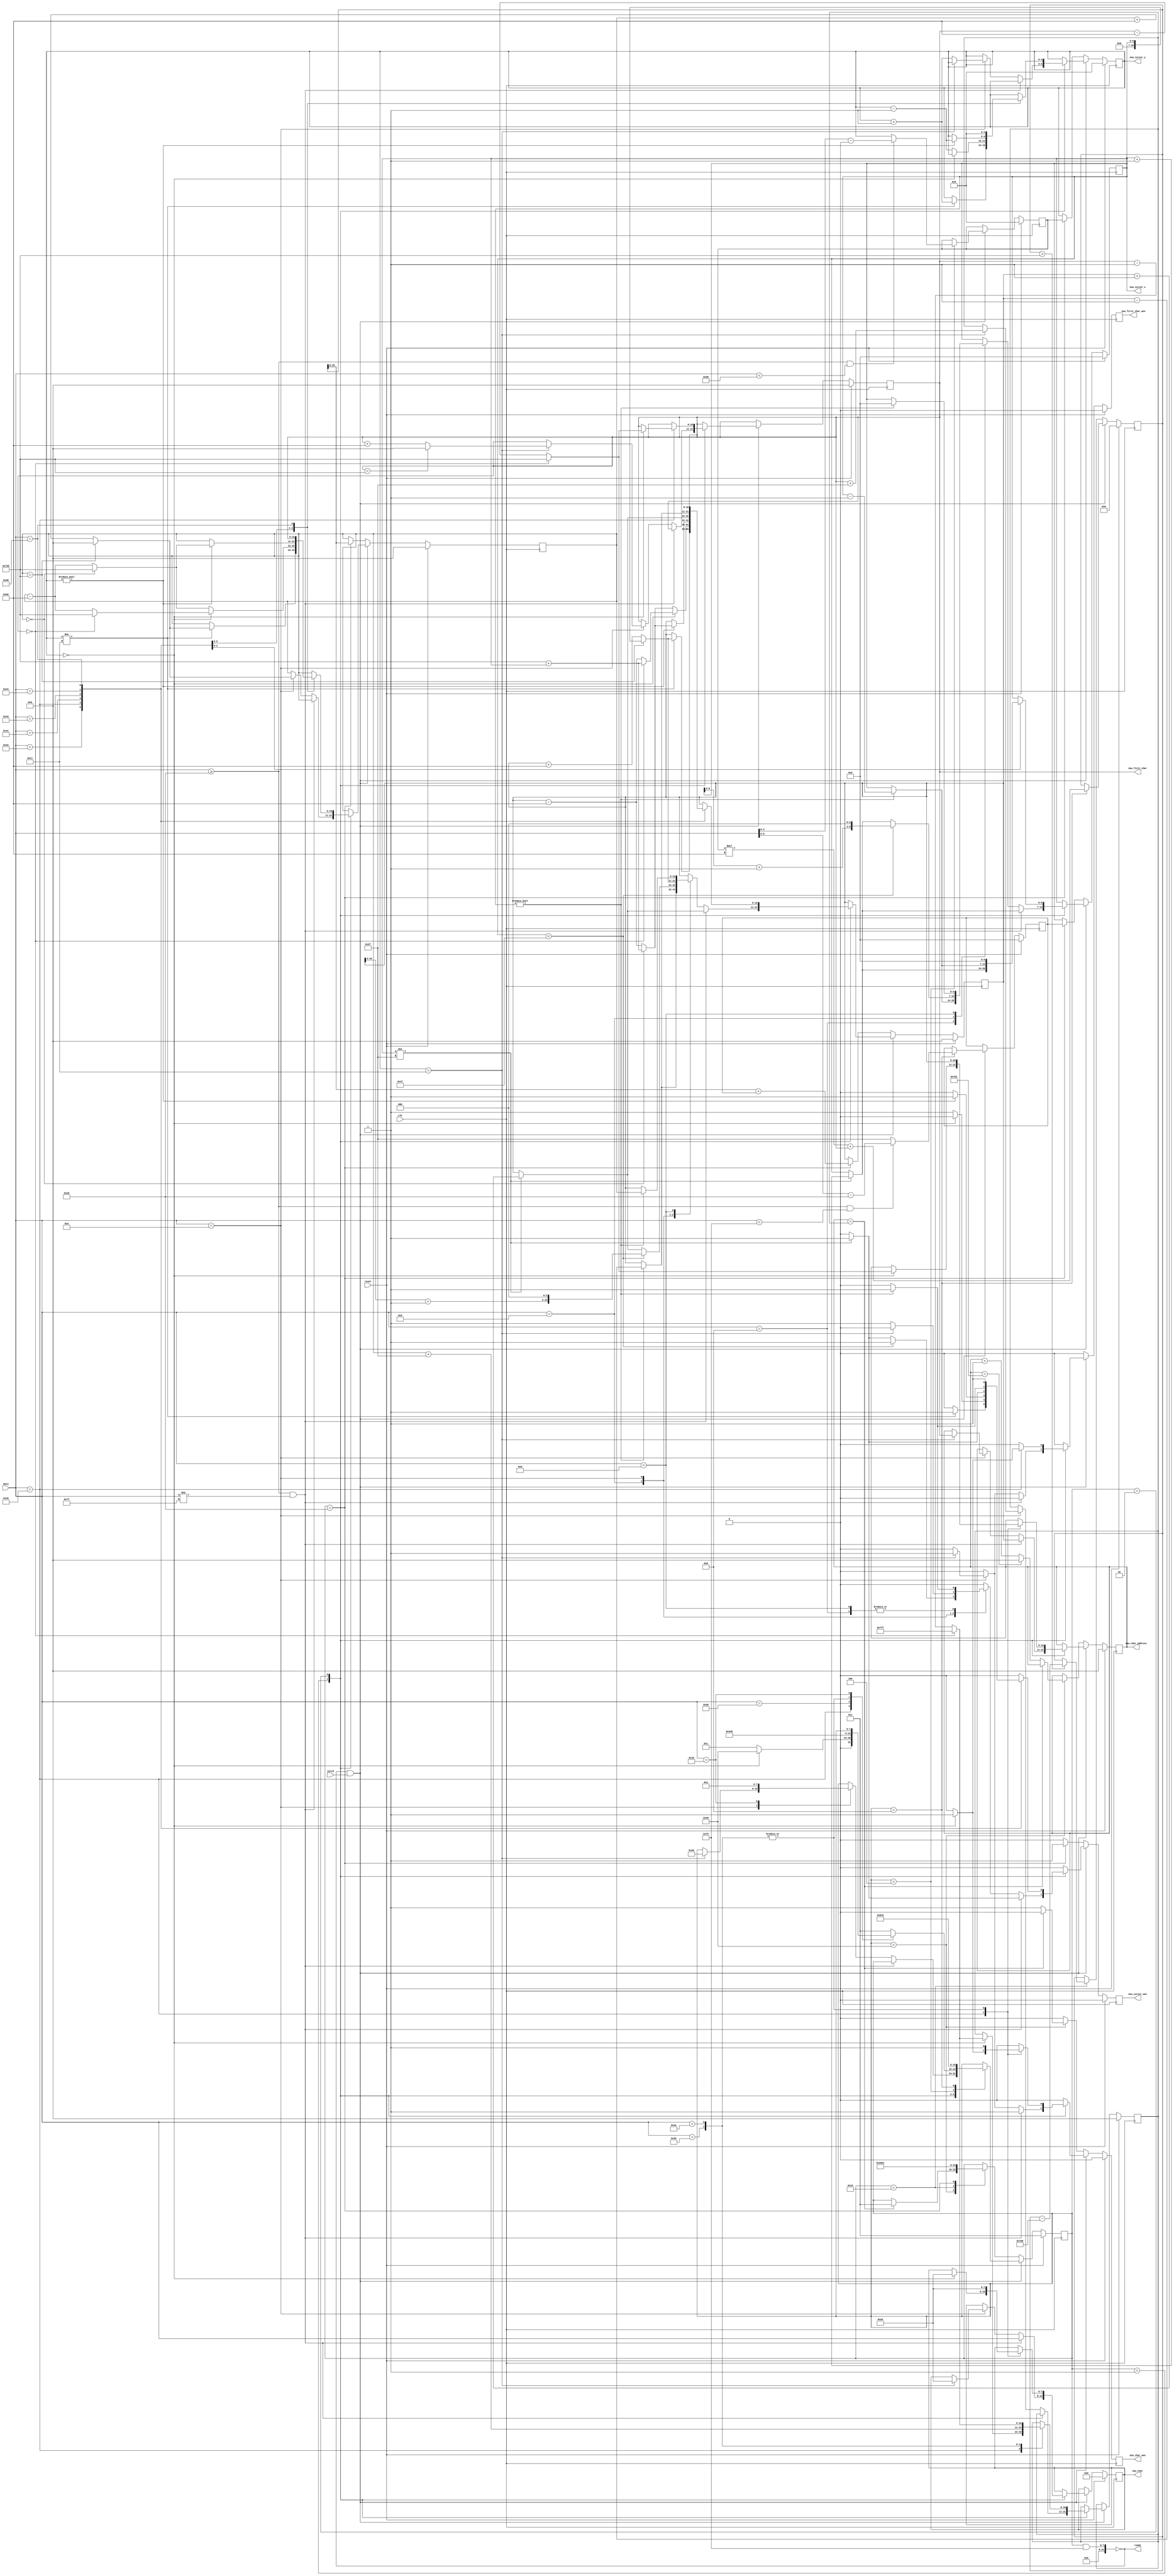
module command_handler
  #(parameter ROWS = 24,
    parameter COLS = 80,
    parameter LAST_ROW = (ROWS-1) * COLS,
    parameter ONE_PAST_LAST_ROW = ROWS * COLS,
    parameter ROW_BITS = 5,
    parameter COL_BITS = 7,
    parameter ADDR_BITS = 11)
   (
    input clk,
    input reset,
    input [7:0] data,
    input valid,
    output ready,
    output [ADDR_BITS-1:0] new_first_char,
    output new_first_char_wen,
    output [7:0] new_char,
    output [ADDR_BITS-1:0] new_char_address,
    output new_char_wen,
    output [COL_BITS-1:0] new_cursor_x,
    output [ROW_BITS-1:0] new_cursor_y,
    output new_cursor_wen
    );

   // XXX maybe ready should be registered? reg ready_q;
   reg [7:0] new_char_q;
   reg [ADDR_BITS-1:0] new_char_address_q;
   reg new_char_wen_q;
   reg [COL_BITS-1:0] new_cursor_x_q;
   reg [ROW_BITS-1:0] new_cursor_y_q;
   reg new_cursor_wen_q;
   reg [ADDR_BITS-1:0] new_first_char_q;
   reg new_first_char_wen_q;

   reg [ROW_BITS-1:0] new_row;
   reg [COL_BITS-1:0] new_col;
   // This may temporarily hold a value that's twice the size of a regular
   // address (we adjust it at a later state)
   // so we DON'T substract 1 from ADDR_BITS
   reg [ADDR_BITS:0] new_addr;
   reg [ADDR_BITS-1:0] last_char_to_erase;

   reg [ADDR_BITS-1:0] current_row_addr;
   reg [ADDR_BITS-1:0] current_char_addr;

   // state: one hot encoding
   // char is the normal state
   // row, col, addr & cursor form a pipeline for Esc-Y
   // no input accepted on addr & cursor
   // erase is for the erase loop, no input is accepted on this state
   localparam state_char   = 8'b00000001;
   localparam state_esc    = 8'b00000010;
   localparam state_row    = 8'b00000100;
   localparam state_col    = 8'b00001000;
   localparam state_addr   = 8'b00010000;
   localparam state_cursor = 8'b00100000;
   localparam state_erase  = 8'b01000000;

   reg [7:0] state;

   // if we are erasing part of the screen or moving the cursor
   // we can't receive new commands
   assign ready = (state & (state_erase | state_cursor | state_addr)) == 0;
   assign new_char = new_char_q;
   assign new_char_address = new_char_address_q;
   assign new_char_wen = new_char_wen_q;
   assign new_cursor_x = new_cursor_x_q;
   assign new_cursor_y = new_cursor_y_q;
   assign new_cursor_wen = new_cursor_wen_q;
   assign new_first_char = new_first_char_q;
   assign new_first_char_wen = new_first_char_wen_q;

   always @(posedge clk) begin
      if (reset) begin
         new_char_q <= 0;
         new_char_address_q <= 0;
         new_char_wen_q <= 0;

         new_cursor_x_q <= 0;
         new_cursor_y_q <= 0;
         new_cursor_wen_q <= 0;

         current_row_addr <= 0;
         current_char_addr <= 0;

         new_first_char_q <= 0;
         new_first_char_wen_q <= 0;

         state <= state_char;
         new_row <= 0;
         new_col <= 0;
         new_addr <= 0;
         last_char_to_erase <= 0;
      end
      else begin
         // after one clock cycle we should turn these off
         if (new_char_wen_q) new_char_wen_q <= 0;
         if (new_cursor_wen_q) new_cursor_wen_q <= 0;
         if (new_first_char_wen_q) new_first_char_wen_q <= 0;
         // first the states that consume input
         if (ready && valid) begin
            case (state)
              state_char: begin
                 // new char arrived
                 if (data >= 8'h20 && data != 8'h7f) begin
                    // printable char, easy
                    new_char_q <= data;
                    new_char_address_q <= current_char_addr;
                    new_char_wen_q <= 1;
                    // no auto linefeed
                    if (new_cursor_x_q != (COLS-1)) begin
                       new_cursor_x_q <= new_cursor_x_q + 1;
                       current_char_addr <= current_char_addr + 1;
                       new_cursor_wen_q <= 1;
                    end
                 end
                 else begin
                    case (data)
                      // backspace
                      8'h08: begin
                         if (new_cursor_x_q != 0) begin
                            new_cursor_x_q <= new_cursor_x_q - 1;
                            current_char_addr <= current_char_addr - 1;
                            new_cursor_wen_q <= 1;
                         end
                      end
                      // tab
                      8'h09: begin
                         // go until the last tab stop by 8 spaces, then 1 by 1
                         if (new_cursor_x_q < (COLS-9)) begin
                            new_cursor_x_q <= {(new_cursor_x_q[COL_BITS-1:3]+1), 3'b000};
                            current_char_addr <= {(current_char_addr[ADDR_BITS-1:3]+1), 3'b000};
                            new_cursor_wen_q <= 1;
                         end
                         else if (new_cursor_x_q != (COLS-1)) begin
                            new_cursor_x_q <= new_cursor_x_q + 1;
                            current_char_addr <= current_char_addr + 1;
                            new_cursor_wen_q <= 1;
                         end
                      end // case: 8'h09
                      // linefeed
                      8'h0a: begin
                         if (new_cursor_y_q == (ROWS-1)) begin
                            new_first_char_q <= new_first_char_q == LAST_ROW?
                                                0 : new_first_char_q + COLS;

                            if (current_row_addr == LAST_ROW) begin
                               current_row_addr <= 0;
                               current_char_addr <= new_cursor_x_q;
                            end
                            else begin
                               current_row_addr <= current_row_addr + COLS;
                               current_char_addr <= current_char_addr + COLS;
                            end
                            new_first_char_wen_q <= 1;
                            // characters to erase last line
                            new_char_q <= " ";
                            new_char_address_q <= new_first_char_q;
                            new_char_wen_q <= 1;
                            last_char_to_erase <= new_first_char_q + (COLS-1);
                            state <= state_erase;
                         end
                         else begin
                            new_cursor_y_q <= new_cursor_y_q + 1;
                            new_cursor_wen_q <= 1;
                            if (current_row_addr == LAST_ROW) begin
                               current_row_addr <= 0;
                               current_char_addr <= new_cursor_x_q;
                            end
                            else begin
                               current_row_addr <= current_row_addr + COLS;
                               current_char_addr <= current_char_addr + COLS;
                            end
                         end
                      end
                      // carriage return
                      8'h0d: begin
                         if (new_cursor_x != 0) begin
                            new_cursor_x_q <= 0;
                            new_cursor_wen_q <= 1;
                            current_char_addr <= current_row_addr;
                         end
                      end
                      // escape
                      8'h1b: begin
                         state <= state_esc;
                      end
                    endcase // case (data)
                 end // else: !if(data >= 8'h20 && data <= 8'h7e)
              end // case: state_char
              state_esc: begin
                 case (data)
                   // Basic cursor movement
                   // Esc-only, so no BS, LF & SPACE (covered before)
                   "B": begin
                      if (new_cursor_y_q != (ROWS-1)) begin
                         new_cursor_y_q <= new_cursor_y_q + 1;
                         new_cursor_wen_q <= 1;
                         if (current_row_addr == LAST_ROW) begin
                            current_row_addr <= 0;
                            current_char_addr <= new_cursor_x_q;
                         end
                         else begin
                            current_row_addr <= current_row_addr + COLS;
                            current_char_addr <= current_char_addr + COLS;
                         end
                      end
                      state <= state_char;
                   end
                   "I": begin
                      if (new_cursor_y_q == 0) begin
                         if (new_first_char_q == 0) begin
                            new_first_char_q <= LAST_ROW;
                            current_row_addr <= LAST_ROW;
                            current_char_addr <= LAST_ROW + new_cursor_x_q;
                            // characters to erase (whole line)
                            new_char_address_q <= LAST_ROW;
                            last_char_to_erase <= LAST_ROW+(COLS-1);
                         end
                         else begin
                            new_first_char_q <= new_first_char_q - COLS;
                            current_row_addr <= current_row_addr - COLS;
                            current_char_addr <= current_char_addr - COLS;
                            // characters to erase (whole line)
                            new_char_address_q <= new_first_char_q - COLS;
                            last_char_to_erase <= new_first_char_q - 1;
                         end
                         new_first_char_wen_q <= 1;
                         // character to erase last line
                         new_char_q <= " ";
                         new_char_wen_q <= 1;
                         state <= state_erase;
                      end
                      else begin
                         new_cursor_y_q <= new_cursor_y_q - 1;
                         new_cursor_wen_q <= 1;
                         if (current_row_addr == 0) begin
                            current_row_addr <= LAST_ROW;
                            current_char_addr <= LAST_ROW + new_cursor_x_q;
                         end
                         else begin
                            current_row_addr <= current_row_addr - COLS;
                            current_char_addr <= current_char_addr - COLS;
                         end
                         state <= state_char;
                      end
                   end
                   "A": begin
                      if (new_cursor_y_q != 0) begin
                         new_cursor_y_q <= new_cursor_y_q - 1;
                         new_cursor_wen_q <= 1;
                         if (current_row_addr == 0) begin
                            current_row_addr <= LAST_ROW;
                            current_char_addr <= LAST_ROW + new_cursor_x_q;
                         end
                         else begin
                            current_row_addr <= current_row_addr - COLS;
                            current_char_addr <= current_char_addr - COLS;
                         end
                      end
                      state <= state_char;
                   end
                   "C": begin
                      if (new_cursor_x_q != (COLS-1)) begin
                         new_cursor_x_q <= new_cursor_x_q + 1;
                         new_cursor_wen_q <= 1;
                         current_char_addr <= current_char_addr+1;
                      end
                      state <= state_char;
                   end
                   "D": begin
                      if (new_cursor_x_q != 0) begin
                         new_cursor_x_q <= new_cursor_x_q - 1;
                         new_cursor_wen_q <= 1;
                         current_char_addr <= current_char_addr-1;
                      end
                      state <= state_char;
                   end
                   // Advanced cursor movement
                   // Esc-only, so no CR & TAB (covered before)
                   "H": begin
                      new_cursor_x_q <= 0;
                      new_cursor_y_q <= 0;
                      new_cursor_wen_q <= 1;
                      current_row_addr <= new_first_char_q;
                      current_char_addr <= new_first_char_q;
                      state <= state_char;
                   end
                   "Y": begin
                      // "Y" received, expecting row & col
                      state <= state_row;
                   end
                   // Screen erasure
                   "K": begin
                      // erase to end of line
                      new_char_q <= " ";
                      new_char_address_q <= current_char_addr;
                      new_char_wen_q <= 1;
                      last_char_to_erase <= current_row_addr + (COLS-1);
                      state <= state_erase;
                   end
                   "J": begin
                      // erase to end of screen
                      new_char_q <= " ";
                      new_char_address_q <= current_char_addr;
                      new_char_wen_q <= 1;
                      last_char_to_erase <= new_first_char_q == 0?
                                            LAST_ROW+(COLS-1): new_first_char_q-1;
                      state <= state_erase;
                   end
                   // escape
                   8'h1b: begin
                      // on VT52 two escapes don't cancel each other
                      // do nothing
                   end
                   default: begin
                      // unrecognized escape sequence, back to normal
                      state <= state_char;
                   end
                 endcase // case (data)
              end // case: state_esc
              state_row: begin
                 // row received, now we need col
                 new_row <= (data >= 8'h20 && data < (8'h20 + ROWS))?
                            data - 8'h20 : new_cursor_y;
                 state <= state_col;
              end
              state_col: begin
                 // row & col received, now we need to calculate the new row address
                 // XXX I'm not sure what happens if data < 8'h20, this is a guess
                 new_col <= (data >= 8'h20 && data < (8'h20 + COLS))?
                            data - 8'h20 : (COLS-1);
                 // this may need substracting if it's more than LAST_ROW
                 // but we'll do it in the next state
                 // new_addr has an extra bit to avoid overflows
                 new_addr <= new_row * 80 + new_first_char_q;
                 state <= state_addr;
              end
              // states erase, addr & cursor aren't here as they don't consume input
            endcase // case (state)
         end // if (ready && valid)
         // now we can handle the states that don't consume input
         else begin
            case (state)
              state_erase: begin
                 if (new_char_address_q == last_char_to_erase) begin
                    // all chars erased, resume normal operation
                    state <= state_char;
                 end
                 else begin
                    // keep erasing, but be careful if reaching the end of the buffer
                    new_char_address_q = new_char_address_q == LAST_ROW + (COLS+1)?
                                         0 : new_char_address_q + 1;
                    new_char_wen_q <= 1;
                 end
              end
              state_addr: begin
                 // after possibly adjusting the address we are ready to
                 // move the cursor
                 new_addr <= new_addr > LAST_ROW? new_addr - ONE_PAST_LAST_ROW : new_addr;
                 state <= state_cursor;
              end
              state_cursor: begin
                 // move cursor and go back to idle
                 new_cursor_x_q <= new_col;
                 new_cursor_y_q <= new_row;
                 new_cursor_wen_q <= 1;
                 // once adjusted, we can ignore the higher bit
                 current_row_addr <= new_addr[ADDR_BITS-1:0];
                 current_char_addr <= new_addr + new_col;

                 state <= state_char;
              end // if (state == state_col)
            endcase // case (state)
         end // else: !if(ready && valid)
      end // else: !if(reset)
   end // always @ (posedge clk)
endmodule